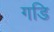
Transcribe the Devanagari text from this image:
गडि